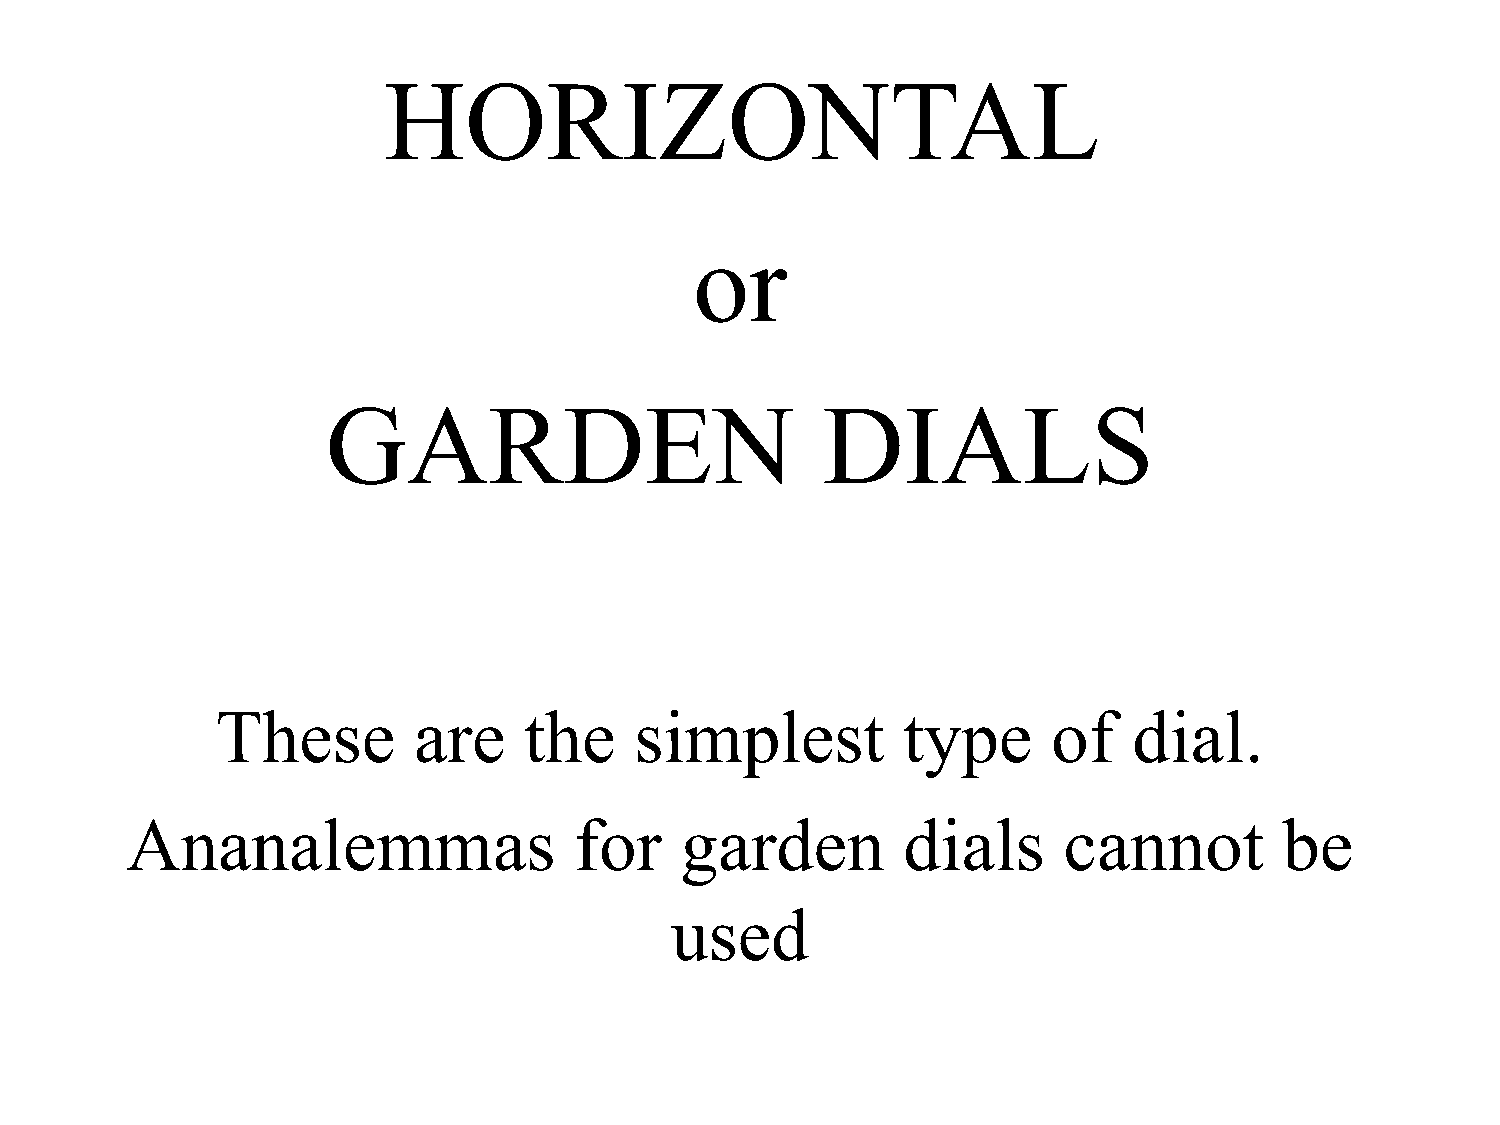
HORIZONTAL
 or
 GARDEN                          DIALS
 These        are     the    simplest          type      of   dial.
 Ananalemmas                   for    garden         dials     cannot         be
 used